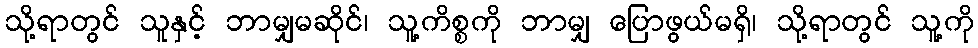
သို့ရာတွင် သူနှင့် ဘာမျှမဆိုင်၊ သူ့ကိစ္စကို ဘာမျှ ပြောဖွယ်မရှိ၊ သို့ရာတွင် သူ့ကို